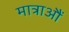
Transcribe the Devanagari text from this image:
मात्राऔं